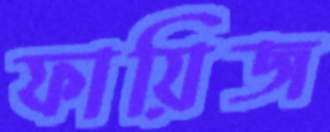
ফায়িজ